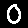
Digit: 0